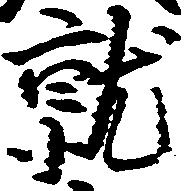
就